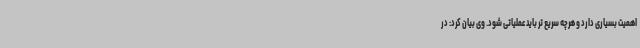
اهمیت بسیاری دارد و هرچه سریع تر باید عملیاتی شود. وی بیان کرد: در